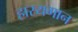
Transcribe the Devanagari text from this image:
हास्यगान